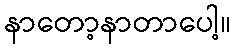
နာတော့နာတာပေါ့။